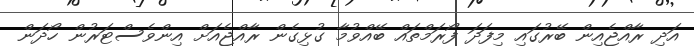
އަދި ރާއްޖެއިން ބޭރުގައި މިފަދަ ފޯރަމްތައް ބޭއްވުމާ ގުޅިގެން ރާއްޖެއަށް އިންވެސްޓަރުން ހޯދަން